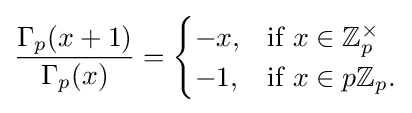
{\frac {\Gamma _{p}(x+1)}{\Gamma _{p}(x)}}={\begin{cases}-x,&{\mbox{if }}x\in \mathbb {Z} _{p}^{\times }\\-1,&{\mbox{if }}x\in p\mathbb {Z} _{p}.\end{cases}}